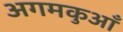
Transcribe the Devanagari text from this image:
अगमकुआँ